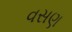
વસણ